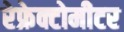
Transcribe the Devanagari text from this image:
रेफ्रेक्टोमीटर